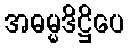
အဓမ္မဒိဋ္ဌိပေ